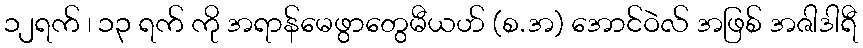
၁၂ရက် ၊ ၁၃ ရက် ကို အရာန်မေဖွာတွေမီယဟ် (စ.အ) အောင်ဝဲလ် အဖြစ် အဇါဒါရီ